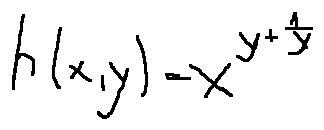
h ( x , y ) = x ^ { y + \frac { 1 } { y } }